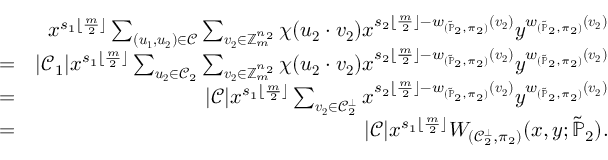
\begin{array} { r l r } & { } & { x ^ { s _ { 1 } \lfloor \frac { m } { 2 } \rfloor } \sum _ { ( \boldsymbol { u _ { 1 } , u _ { 2 } } ) \in \mathcal { C } } \sum _ { \boldsymbol { v _ { 2 } } \in \mathbb { Z } _ { m } ^ { n _ { 2 } } } \chi ( \boldsymbol { u _ { 2 } } \cdot \boldsymbol { v _ { 2 } } ) x ^ { s _ { 2 } \lfloor \frac { m } { 2 } \rfloor - w _ { ( \widetilde { \mathbb { P } } _ { 2 } , \pi _ { 2 } ) } ( \boldsymbol { v _ { 2 } } ) } y ^ { w _ { ( \widetilde { \mathbb { P } } _ { 2 } , \pi _ { 2 } ) } ( \boldsymbol { v _ { 2 } } ) } } \\ & { = } & { | \mathcal { C } _ { 1 } | x ^ { s _ { 1 } \lfloor \frac { m } { 2 } \rfloor } \sum _ { \boldsymbol { u _ { 2 } } \in \mathcal { C } _ { 2 } } \sum _ { \boldsymbol { v _ { 2 } } \in \mathbb { Z } _ { m } ^ { n _ { 2 } } } \chi ( \boldsymbol { u _ { 2 } } \cdot \boldsymbol { v _ { 2 } } ) x ^ { s _ { 2 } \lfloor \frac { m } { 2 } \rfloor - w _ { ( \widetilde { \mathbb { P } } _ { 2 } , \pi _ { 2 } ) } ( \boldsymbol { v _ { 2 } } ) } y ^ { w _ { ( \widetilde { \mathbb { P } } _ { 2 } , \pi _ { 2 } ) } ( \boldsymbol { v _ { 2 } } ) } } \\ & { = } & { | \mathcal { C } | x ^ { s _ { 1 } \lfloor \frac { m } { 2 } \rfloor } \sum _ { \boldsymbol { v _ { 2 } } \in \mathcal { C } _ { 2 } ^ { \bot } } x ^ { s _ { 2 } \lfloor \frac { m } { 2 } \rfloor - w _ { ( \widetilde { \mathbb { P } } _ { 2 } , \pi _ { 2 } ) } ( \boldsymbol { v _ { 2 } } ) } y ^ { w _ { ( \widetilde { \mathbb { P } } _ { 2 } , \pi _ { 2 } ) } ( \boldsymbol { v _ { 2 } } ) } } \\ & { = } & { | \mathcal { C } | x ^ { s _ { 1 } \lfloor \frac { m } { 2 } \rfloor } W _ { ( \mathcal { C } _ { 2 } ^ { \bot } , \pi _ { 2 } ) } ( x , y ; \widetilde { \mathbb { P } } _ { 2 } ) . } \end{array}